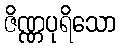
ဇိဏ္ဏပုရိသော